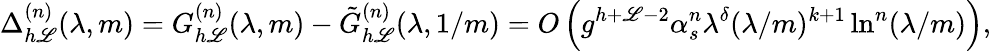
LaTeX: \Delta_{h\mathscr{L}}^{(n)}(\lambda,m)=G_{h\mathscr{L}}^{(n)}(\lambda,m)-\tilde{{G}}_{h\mathscr{L}}^{(n)}(\lambda,1/m)=O\left(g^{h+\mathscr{L}-2}\alpha_{s}^{n}\lambda^{\delta}(\lambda/m)^{k+1}\ln^{n}(\lambda/m)\right),